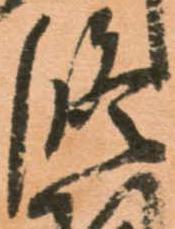
修